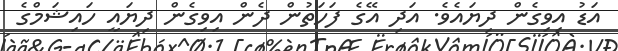
އަޑު އިވިގެން ދިޔައެވެ. އަދި އޭގެ ފަހަތުން ދެން އިވިގެން ދިޔައީ ހައިޝަމްގެ